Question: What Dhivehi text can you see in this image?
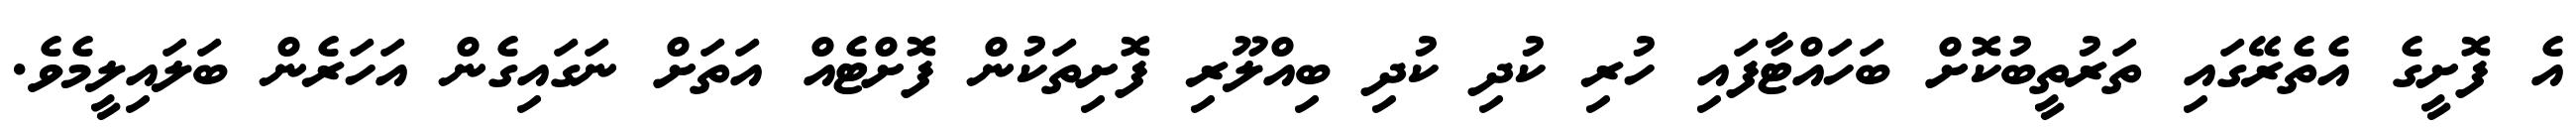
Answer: އެ ފޮށީގެ އެތެރޭގައި ތަރުތީބުކޮށް ބަހައްޓާފައި ހުރި ކުދި ކުދި ބިއްލޫރި ފޮށިތަކުން ފޮށްޓެއް އަތަށް ނަގައިގެން އަހަރެން ބަލައިލީމެވެ.